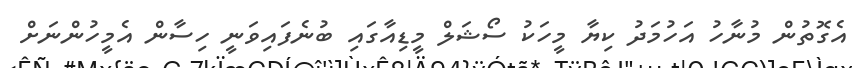
އެގޮތުން މުނާހު އަހުމަދު ކިޔާ މީހަކު ސޯޝަލް މީޑިއާގައި ބުނެފައިވަނީ ހިސާން އެމީހުންނަށް